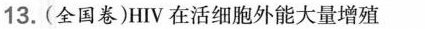
13.(全国卷)HIV在活细胞外能大量增殖